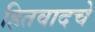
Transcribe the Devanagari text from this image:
हितवादचे